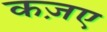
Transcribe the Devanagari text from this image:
कज़ए